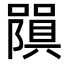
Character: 𭋧